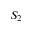
S _ { 2 }